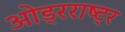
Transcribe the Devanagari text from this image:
ओड्रराष्ट्र